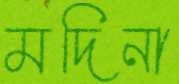
মদিনা